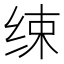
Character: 𦈌